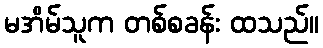
မအိမ်သူက တစ်စခန်း ထသည်။